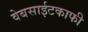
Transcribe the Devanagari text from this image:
वेबसाईटकाफी